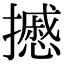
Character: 𢷾